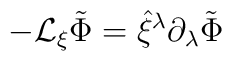
-{\cal L}_{\xi}  \tilde \Phi = \hat \xi^{\lambda} \partial_{\lambda}  \tilde\Phi